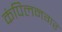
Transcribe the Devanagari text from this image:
कंपिलनगर